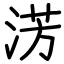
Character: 淓